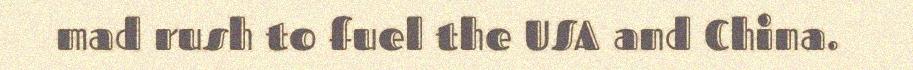
mad rush to fuel the USA and China.